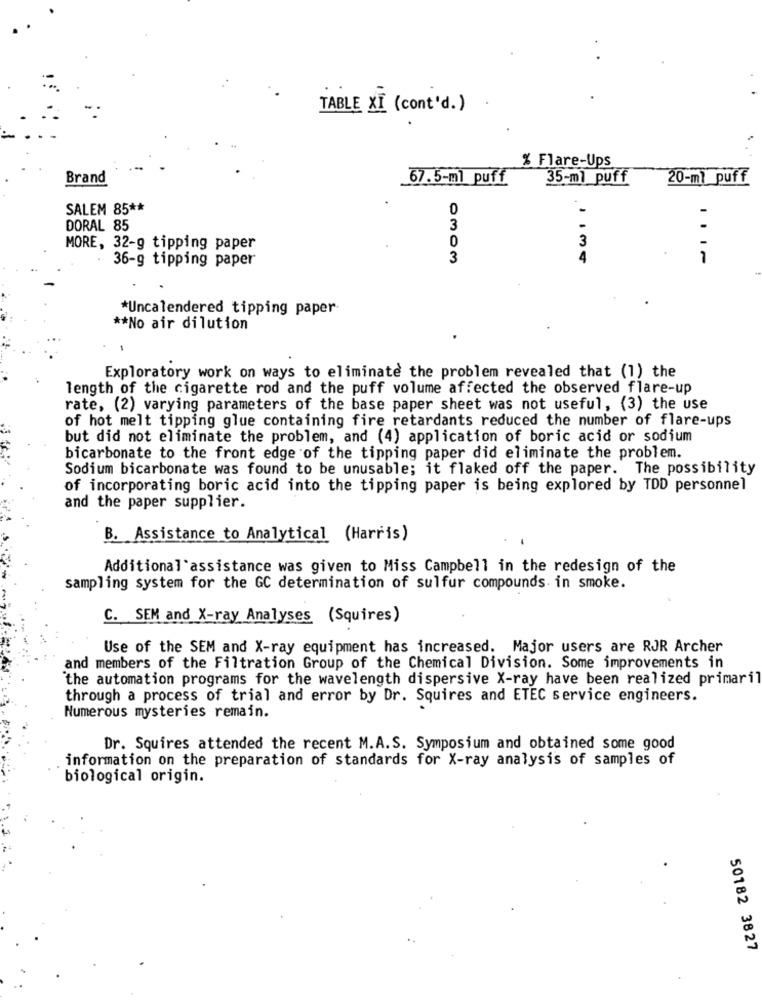
TABLE XI ( cont'd . )
% Flare-Ups
Brand
67.5-ml puff
35-ml puff
20-ml puff
SALEM 85 **
0
DORAL 85
3
0
3
MORE, 32-g tipping paper
36-g tipping paper
3
4
1
*Uncalendered tipping paper
** No air dilution
Exploratory work on ways to eliminate the problem revealed that (1) the
length of the cigarette rod and the puff volume affected the observed flare-up
rate, (2) varying parameters of the base paper sheet was not useful, (3) the use
of hot melt tipping glue containing fire retardants reduced the number of flare-ups
but did not eliminate the problem, and (4) application of boric acid or sodium
bicarbonate to the front edge of the tipping paper did eliminate the problem.
Sodium bicarbonate was found to be unusable; it flaked off the paper. The possibility
of incorporating boric acid into the tipping paper is being explored by TDD personnel
and the paper supplier.
B. Assistance to Analytical (Harris)
Additional'assistance was given to Miss Campbell in the redesign of the
sampling system for the GC determination of sulfur compounds in smoke.
C. SEM and X-ray Analyses (Squires)
Use of the SEM and X-ray equipment has increased. Major users are RJR Archer
and members of the Filtration Group of the Chemical Division. Some improvements in
the automation programs for the wavelength dispersive X-ray have been realized primaril
through a process of trial and error by Dr. Squires and ETEC service engineers.
Numerous mysteries remain.
Dr. Squires attended the recent M.A.S. Symposium and obtained some good
information on the preparation of standards for X-ray analysis of samples of
biological origin.
50182 3827